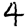
Digit: 4